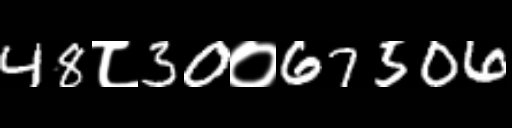
Text: 48८30०67506